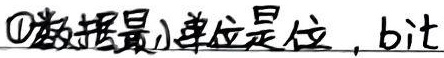
\textcircled{1} 数据最小单位是位，bit